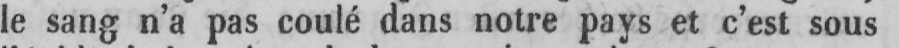
le sang n’a pas coulé dans notre pays et c’est sous